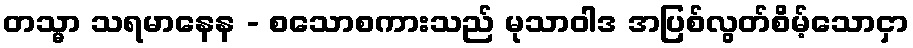
တသ္မာ သရမာနေန - စသောစကားသည် မုသာဝါဒ အပြစ်လွတ်စိမ့်သောငှာ